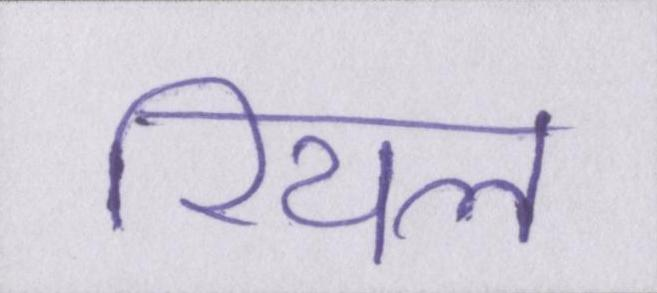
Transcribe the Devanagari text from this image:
रियल